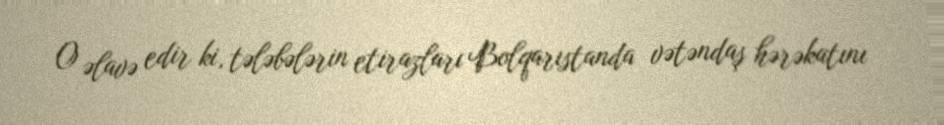
O əlavə edir ki, tələbələrin etirazları Bolqarıstanda vətəndaş hərəkatını